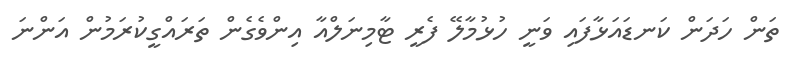
ތަން ހަދަން ކަނޑައަޅާފައި ވަނީ ހުޅުމާލޭ ފެރީ ޓާމިނަލްއާ އިންވެގެން ތަރައްގީކުރަމުން އަންނަ